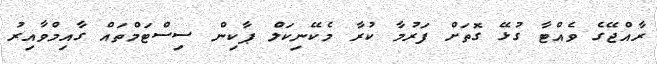
ރާއްޖޭގެ ވެއްޓާ ގުޅޭ ގޮތަށް ފަރުމާ ކުރާ މެކޭނިކަލް ޕާކިން ސިސްޓަމްތައް ގާއިމްވާއިރު